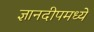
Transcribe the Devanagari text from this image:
ज्ञानदीपमध्ये